Bombay plague: being a history of the progress of plague in the Bombay presidency from September 1896 to June 1899
Year: 1896
Disease focus: Plague
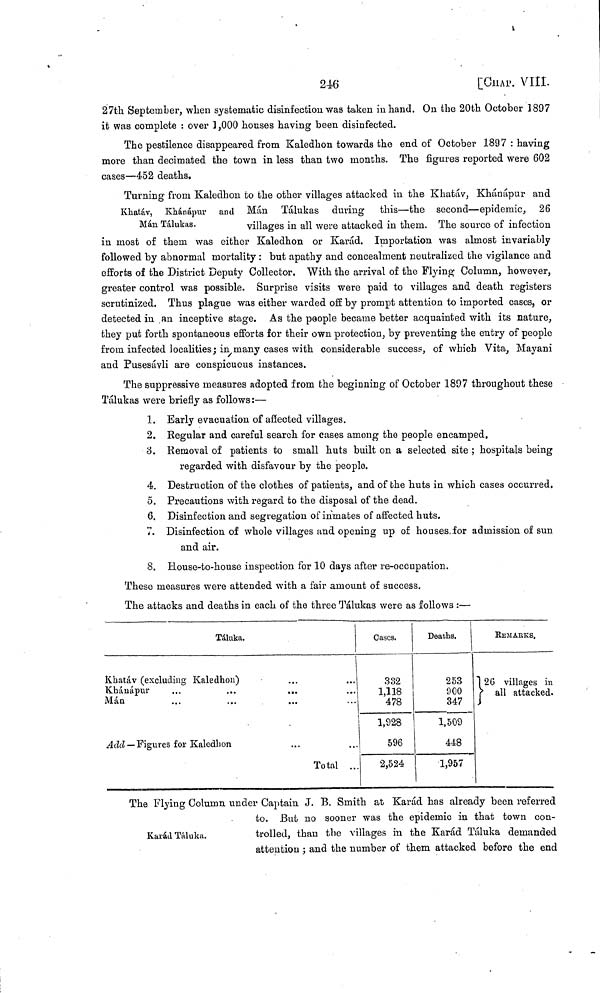
246
[CHAP.
VIII.
27th September, when systematic disinfection was taken in hand. On the 20bh October 1897
it was complete : over 1,000 houses having been disinfected.
The pestilence disappeared from Kaledhon towards the end of October 1897 : having
more than decimated the town in less than two months. The figures reported were 602
cases—452 deaths.
Khatáv, Khánápir and
Mán Tálukas.
Turning from Kaledhon to the other villages attacked in the Khatáv. Khánápur and
Man Tálukas during this—the second—epidemic, 26
villages in all were attacked in them. The source of infection
in most of them was either Kaledhon or Karád. Importation was almost invariably
followed by abnormal mortality : but apathy and concealment neutralized the vigilance and
efforts of the District Deputy Collector. With the arrival of the Flying Column, however,
greater control was possible. Surprise visits were paid to villages and death registers
scrutinized. Thus plague was either warded off by prompt attention to imported cases, or
detected in an inceptive stage. As the people became better acquainted with its nature,
they put forth spontaneous efforts for their own protection, by preventing the entry of people
from infected localities; in many cases with considerable success, of which Vita, Mayani
and Pusesávli are conspicuous instances.
The suppressive measures adopted from the beginning of October 1897 throughout these
Tálukas were briefly as follows :—
1. Early evacuation of affected villages.
2. Regular and careful search for cases among the people encamped.
3. Removal of patients to small huts built on a selected site ; hospitals being
regarded with disfavour by the people.
4. Destruction of the clothes of patients, and of the huts in which cases occurred.
5. Precautions with regard to the disposal of the dead.
6. Disinfection and segregation of inmates of affected huts.
7. Disinfection of whole villages and opening up of houses for admission of sun
and air.
8. House-to-house inspection for 10 days after re-occupation.
These measures were attended with a fair amount of success.
The attacks and deaths in each of the three Tálukas were as follows :—
Táluka.
Khatáv (excluding Kaledhon)
Khánapur
Mán ...
...
...
Add— Figures for Kaledhon
...
...
...
Total
...
...
··
Cases.
332
1,118
478
1,928
596
2,524
Deaths.
253
900
347
1,509
448
1,957
REMARKS.
26
villages in
all
attacked.
Karád Táluka.
The Flying Column under Captain J. B. Smith at Karád has already been referred
to. But no sooner was the epidemic in that town con-
trolled, than the villages in the Karád Táluka demanded
attention ; and the number of them attacked before the end